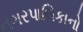
નગરપાલિકાનો